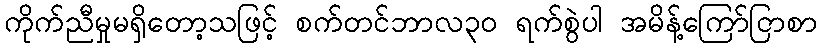
ကိုက်ညီမှုမရှိတော့သဖြင့် စက်တင်ဘာလ၃၀ ရက်စွဲပါ အမိန့်ကြော်ငြာစာ